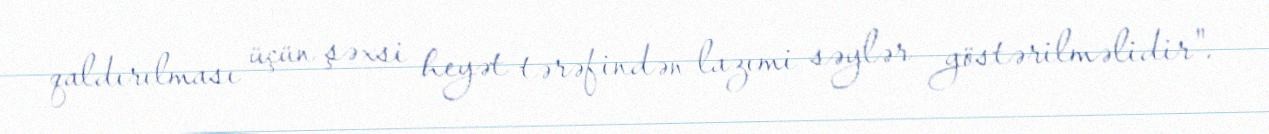
qaldırılması üçün şəxsi heyət tərəfindən lazımi səylər göstərilməlidir".